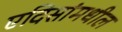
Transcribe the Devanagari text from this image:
एदिसांमधील